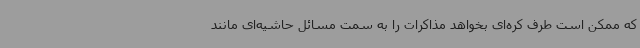
که ممکن است طرف کره‌ای بخواهد مذاکرات را به سمت مسائل حاشیه‌ای مانند